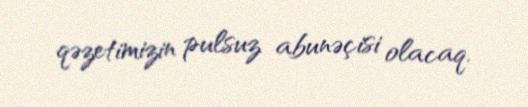
qəzetimizin pulsuz abunəçisi olacaq.